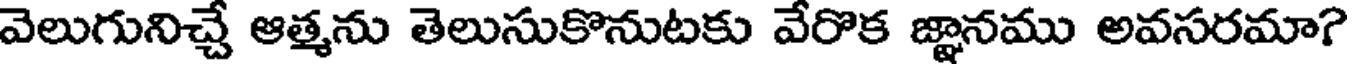
వెలుగునిచ్చే ఆత్మను తెలుసుకొనుటకు వేరొక జ్ఞానము అవసరమా?